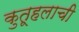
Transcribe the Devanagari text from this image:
कुतूहलाची